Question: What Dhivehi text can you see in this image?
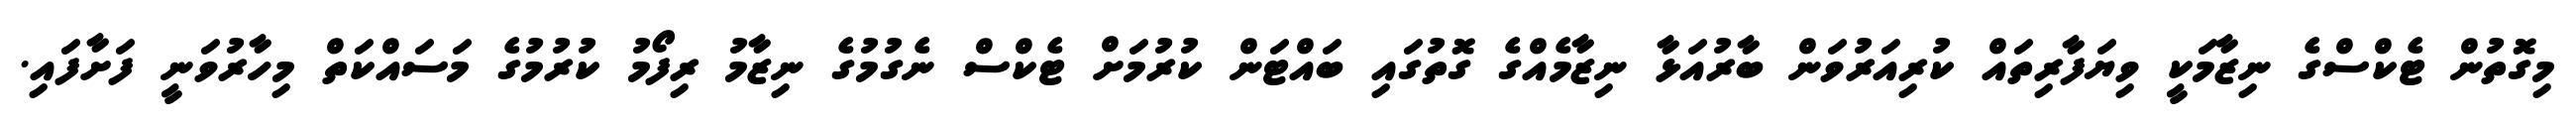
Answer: މިގޮތުން ޓެކްސްގެ ނިޒާމަކީ ވިޔަފާރިތައް ކުރިއަރުވަން ބާރުއަޅާ ނިޒާމެއްގެ ގޮތުގައި ބައްޓަން ކުރުމަށް ޓެކްސް ނެގުމުގެ ނިޒާމު ރިފޯމު ކުރުމުގެ މަސައްކަތް މިހާރުވަނީ ފަށާފައި.